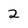
Character: 2